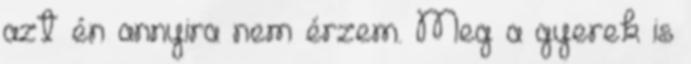
azt én annyira nem érzem. Meg a gyerek is